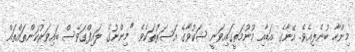
މިންހާ ބުނެލިއެވެ. އޭނާގެ އަޑާއި މޫނުމަތީގައިވަނީ ޝަކުވާގެ އަސަރުތަކެވެ. "މިންނުގެ ލައިފްގަވެސް ބައިވަރުކަންތައްތައް